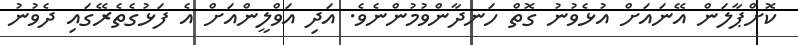
ކޮށްޕާލަން އޭނައަށް އުޅެވުނު ގޮތް ހަނދާންވުމުންނެވެ. އަދި އަވްލީންއަށް އެ ފަޅުގެތެރޭގައި ދެވުނު